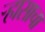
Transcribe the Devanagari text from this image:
र्‍हासाचा